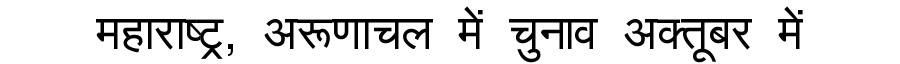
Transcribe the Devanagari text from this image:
महाराष्ट्र, अरूणाचल में चुनाव अक्तूबर में